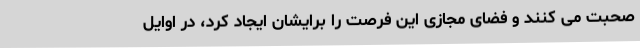
صحبت می کنند و فضای مجازی این فرصت را برایشان ایجاد کرد، در اوایل